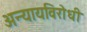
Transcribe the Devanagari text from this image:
अन्यायविरोधी